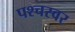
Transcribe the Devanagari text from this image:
पश्चस्वर